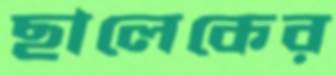
ছালেকের